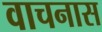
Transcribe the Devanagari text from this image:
वाचनास